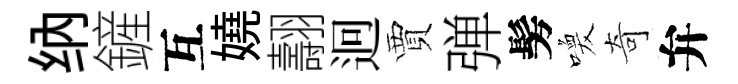
纳鏟互嬈翿迥賈弹髣喚奇弁